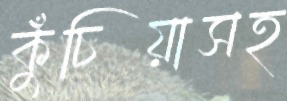
কুঁচিয়াসহ